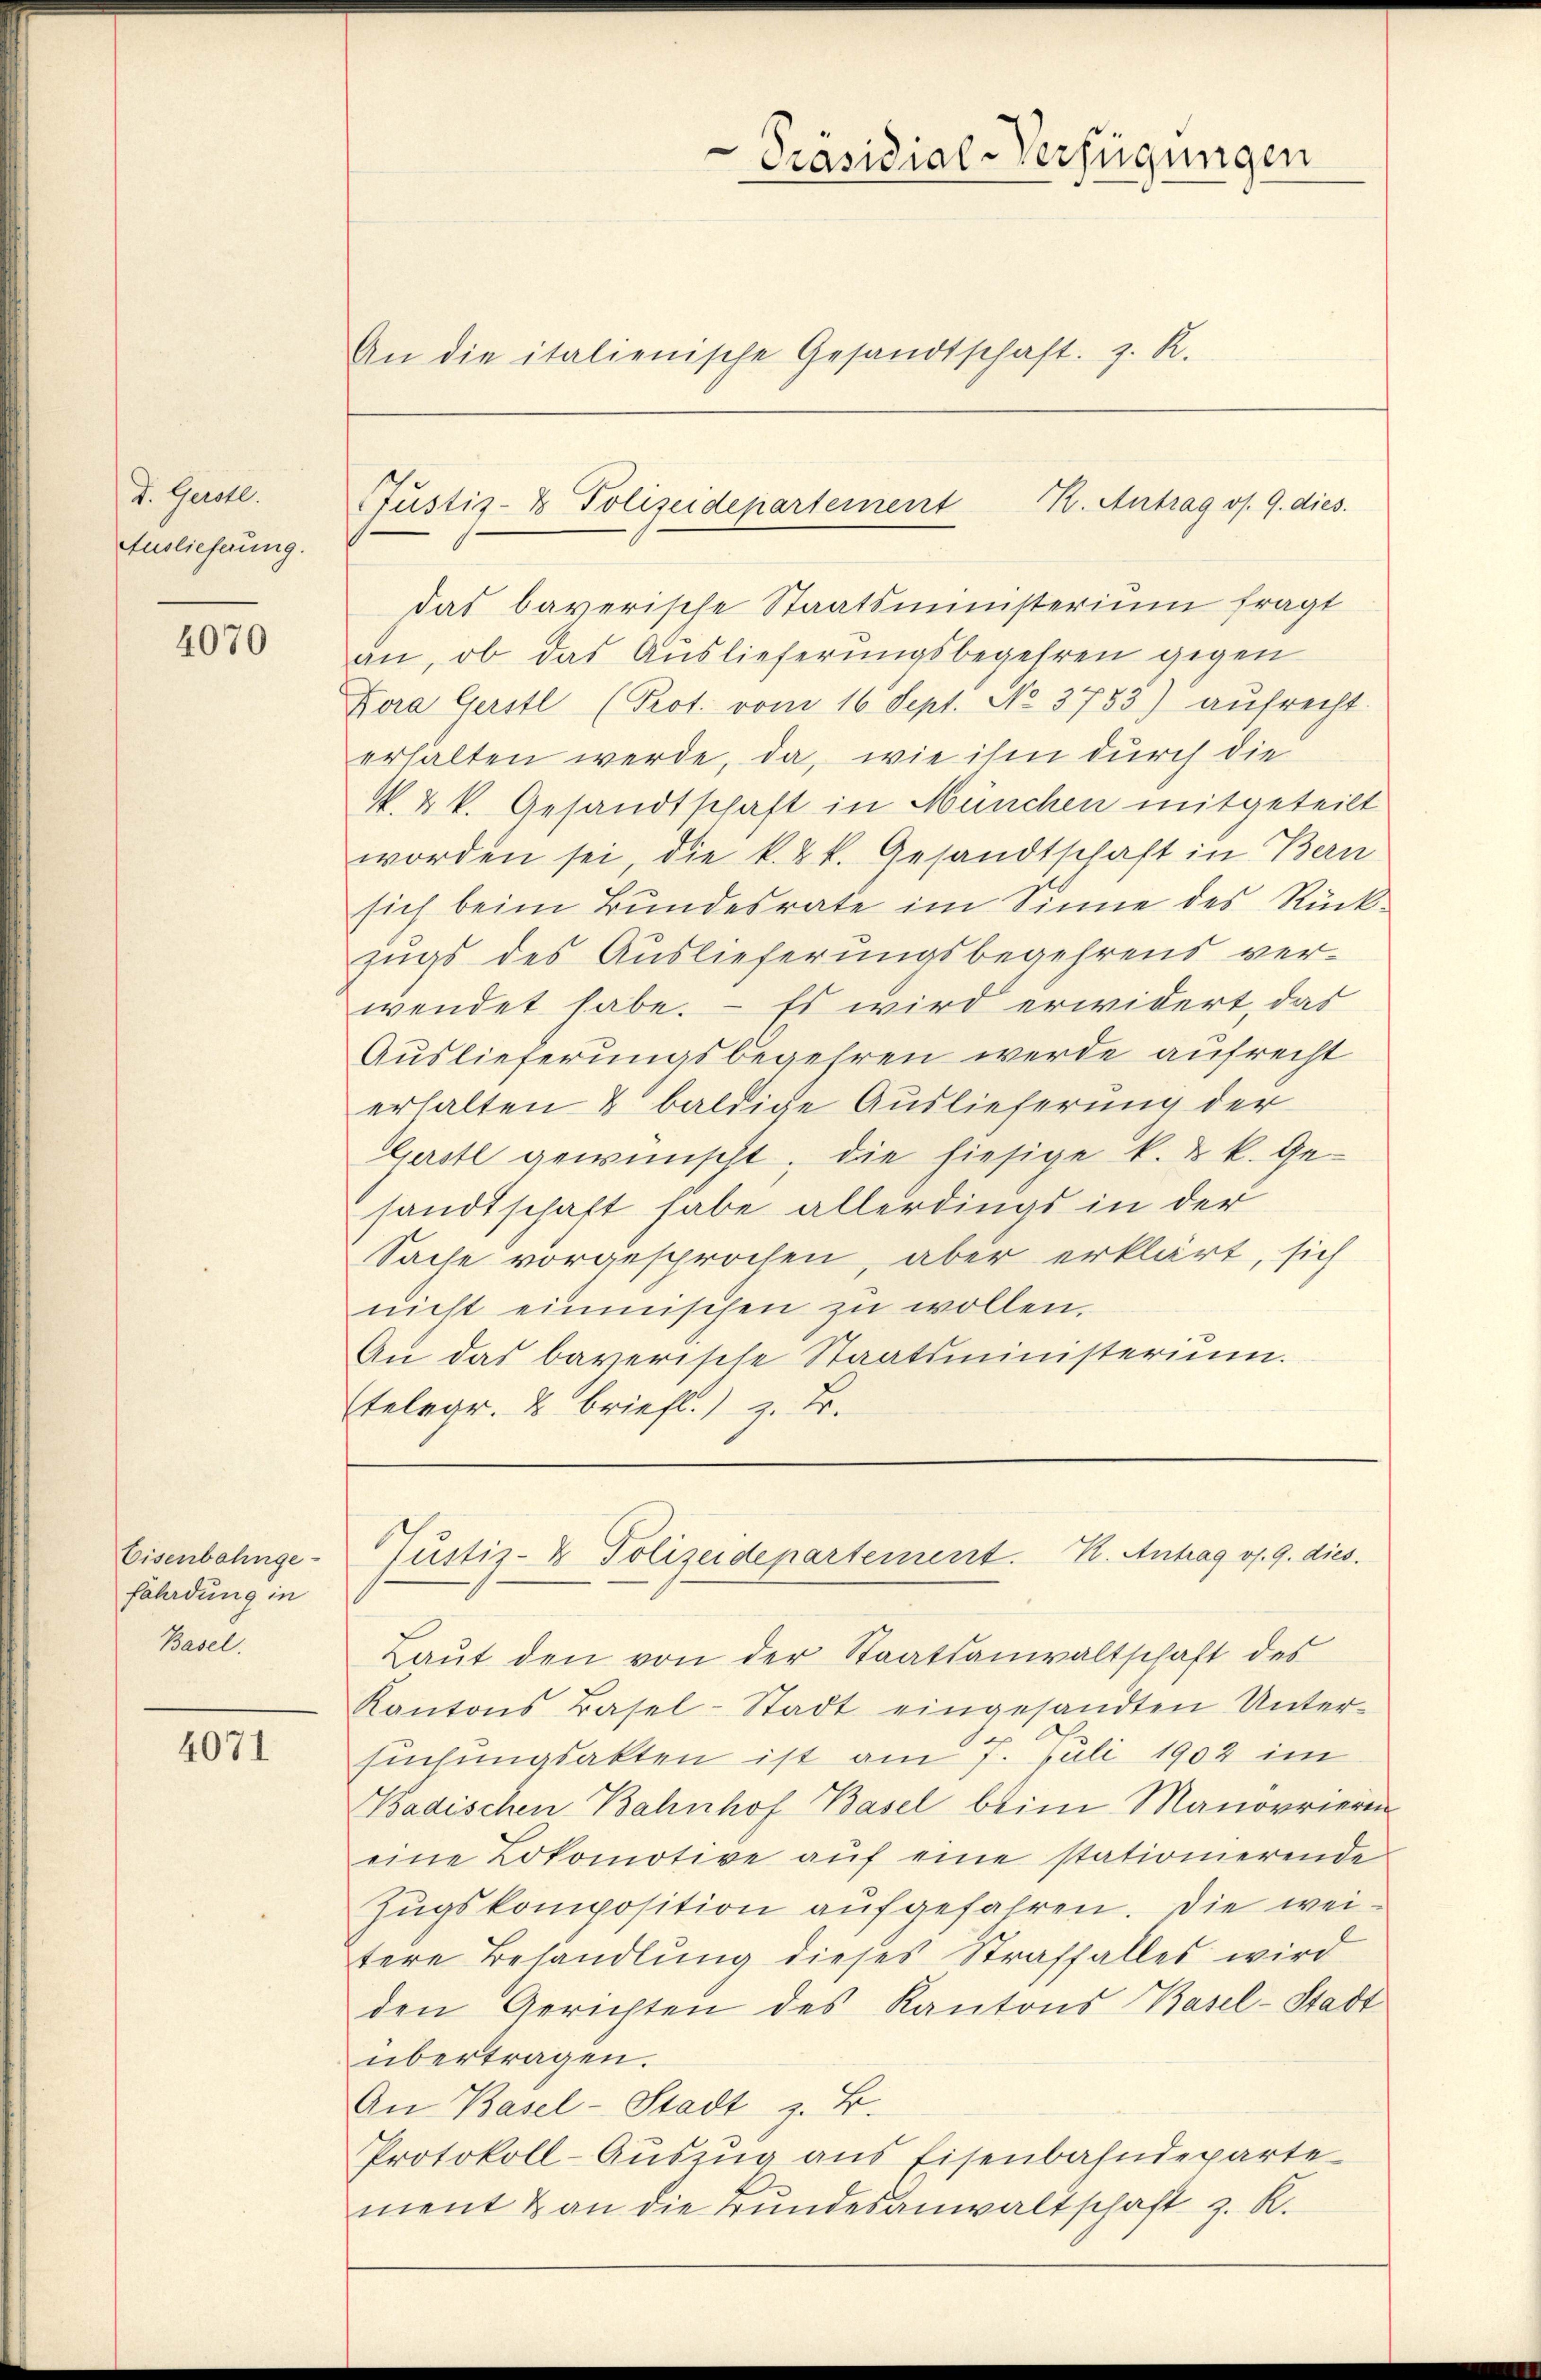
d. Gerstl.
Auslieferung.

4070

Eisenbahnge
fährdung in
Basel.

4071

Präsidial-Verfügungen
An die italienische Gesandtschaft. J. R.

das bayerische Staatsministerium fragt
an, ob das Auslieferungsbegehren gegen
Fora Gerstl (Prot. vom 16. Sept. No. 3733) aufrecht.
erhalten werde, da, wie ihm durch die
k. k k. Gesandtschaft in München mitgeteilt
worden sei, die k. kk. Gesandtschaft in Bern
sich beim Bundesrate im Sinne des Rück-
zugs des Auslieferungsbegehrens verwendet habe. – Es wird erwidert, das
Auslieferungsbegehren werde aufrecht
erhalten & baldige Auslieferung der
Gerstl gewünscht, die hiesige k. k. k. Gesandtschaft habe allerdings in der
Sache vorgesprochen, aber erklärt, sich
nicht einmischen zŭ wollen.
Au das bayerische Staatsministerium.
Etelegr. 2 briefl.) z. B.

Justiz- & Polizeidepartement K. Antrag os. 9. dies

Laŭt den von der Staatsanwaltschaft des
Kantons Basel-Stadt eingesandten Unter-
suchungsakten ist am 7. Juli 1902 im
Kadischen Bahnhof Basel beim Manorrieren
eine Lokomotive aŭf eine stationierende
Zugskomposition aufgefahren. Die weitere Behandlung dieses Straffalles wird
den Gerichten des Kantons Basel-Stadt
übertragen.
An Basel-Stadt z. B.
Protokoll-Auszug aus Eisenbahndeparte
ment & an die Bundesanwaltschaft z. K.

Pustiz- & Polizeidepartement. K. Antrag v. 9. dies.